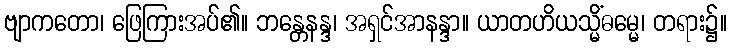
ဗျာကတော၊ ဖြေကြားအပ်၏။ ဘန္တေနန္ဒ၊ အရှင်အာနန္ဒာ။ ယာတဟိယသ္မိံဓမ္မေ၊ တရား၌။